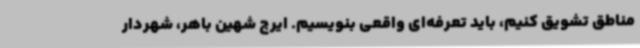
مناطق تشویق کنیم، باید تعرفه‌ای واقعی بنویسیم. ایرج شهین باهر، شهردار